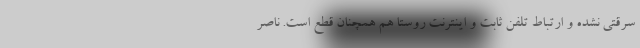
سرقتی نشده و ارتباط تلفن ثابت و اینترنت روستا هم همچنان قطع است. ناصر